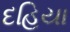
દહિયા